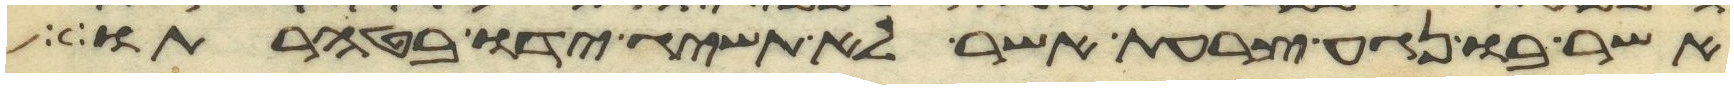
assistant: אשר בו נגע צרעת אשר לא תשיג ידו בטהרתו